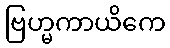
ဗြဟ္မကာယိကေ